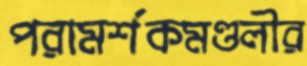
পরামর্শকমণ্ডলীর